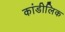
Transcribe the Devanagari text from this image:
कांडीलिक